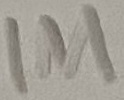
Text: 1M